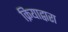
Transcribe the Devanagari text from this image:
क्रियाद्वारा